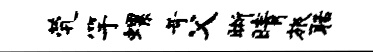
茕竽螺苛父晰晴旅聒